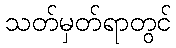
သတ်မှတ်ရာတွင်